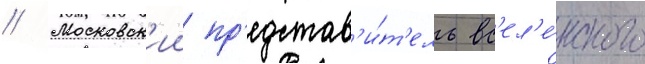
// Московск'ии пр'едстав'и́т'ель вс'ел'е́нского